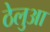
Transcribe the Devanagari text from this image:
ठेलुआ